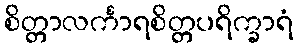
စိတ္တာလင်္ကာရစိတ္တပရိက္ခာရံ